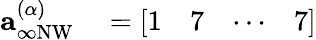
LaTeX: \begin{array}{rl}{\mathbf{a}_{\infty\mathrm{NW}}^{(\alpha)}}&{{}=\left[\begin{array}{llll}{1}&{7}&{\cdots}&{7}\end{array}\right]}\end{array}